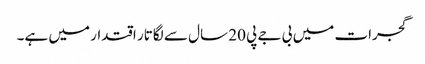
گجرات میں بی جے پی 20 سال سے لگاتار اقتدار میں ہے۔